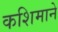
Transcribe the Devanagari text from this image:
कशिमाने